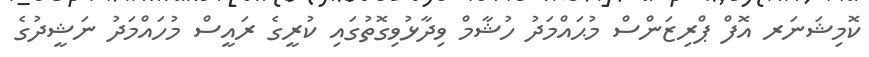
ކޮމިޝަނަރ އޮފް ޕްރިޒަންސް މުޙައްމަދު ހުޝާމް ވިދާޅުވިގޮތުގައި ކުރީގެ ރައީސް މުހައްމަދު ނަޝީދުގެ